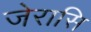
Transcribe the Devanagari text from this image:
जेरासि